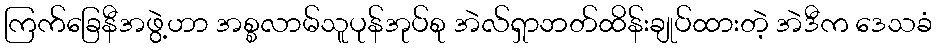
ကြက်ခြေနီအဖွဲ့ဟာ အစ္စလာမ်သူပုန်အုပ်စု အဲလ်ရှာဘတ်ထိန်းချုပ်ထားတဲ့ အဲဒီက ဒေသခံ